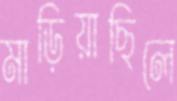
মাড়িয়াছিলে